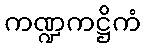
ကဏ္ဍကဋ္ဌိကံ